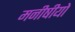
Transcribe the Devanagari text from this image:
मनीषीयो